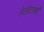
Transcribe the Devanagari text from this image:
हेलॉटसही